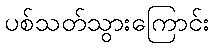
ပစ်သတ်သွားကြောင်း